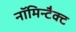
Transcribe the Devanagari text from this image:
नॉमिन्टैक्ट